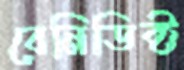
বেনিডিক্ট